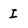
Character: I